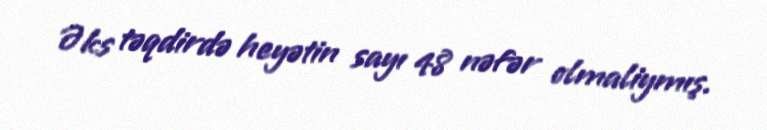
Əks təqdirdə heyətin sayı 48 nəfər olmaliymış.